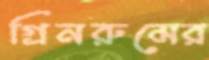
গ্রিনরুমের